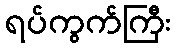
ရပ်ကွက်ကြီး